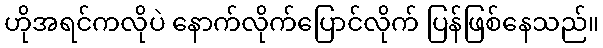
ဟိုအရင်ကလိုပဲ နောက်လိုက်ပြောင်လိုက် ပြန်ဖြစ်နေသည်။